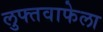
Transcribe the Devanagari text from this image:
लुफ्तवाफेला